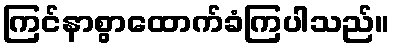
ကြင်နာစွာထောက်ခံကြပါသည်။